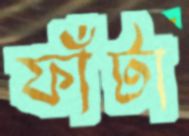
ফাঁটা